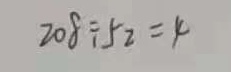
2 0 8 \div 5 2 = 4